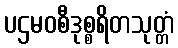
ပဌမဝစီဒုစ္စရိတသုတ္တံ